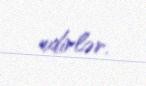
edirlər.